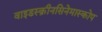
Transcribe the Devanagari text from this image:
वाइडस्क्रीनसिनेमास्कोप